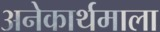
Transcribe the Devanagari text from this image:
अनेकार्थमाला